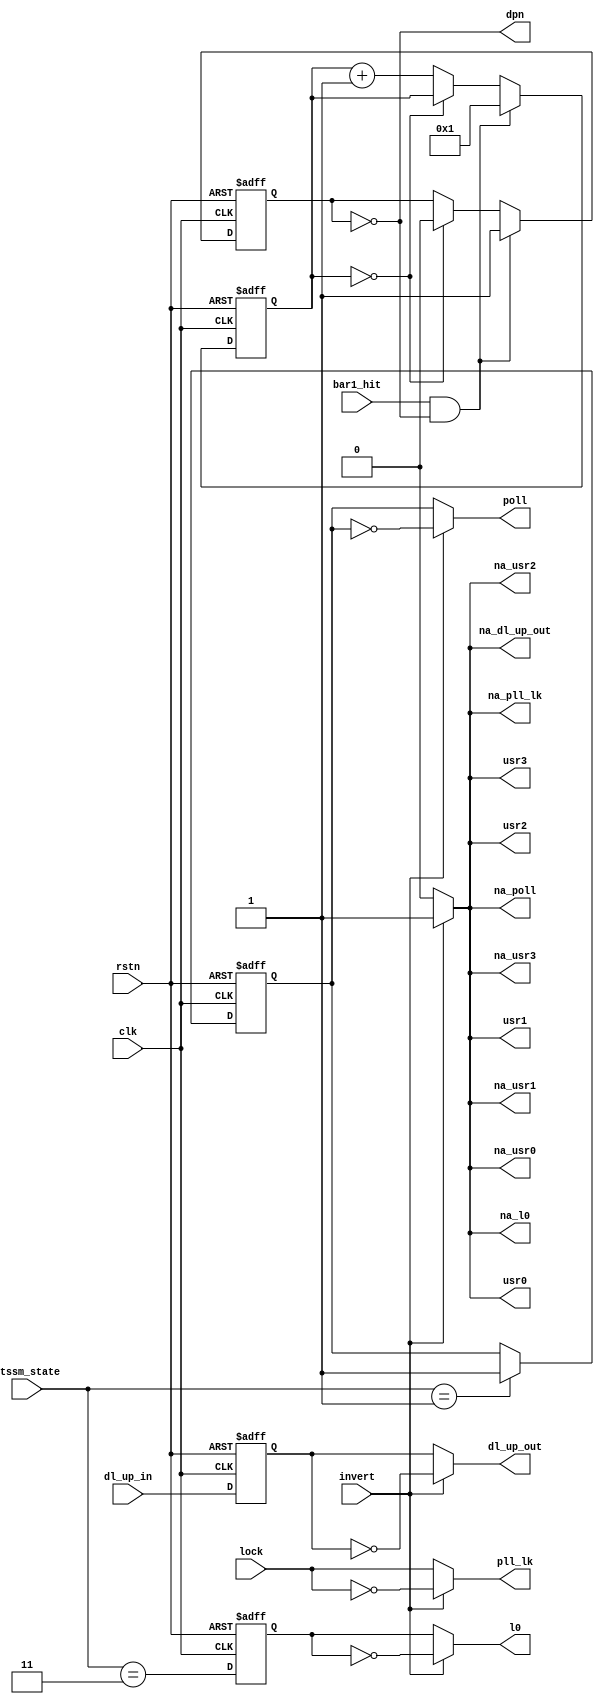
// $Id: led_status.v,v 1.2 2008/07/02 19:10:29 jfreed Exp $

module led_status(clk, rstn, invert,
        lock, ltssm_state, dl_up_in, bar1_hit,
        pll_lk, poll, l0, dl_up_out, usr0, usr1, usr2, usr3,
        na_pll_lk, na_poll, na_l0, na_dl_up_out, na_usr0, na_usr1, na_usr2, na_usr3,
        dpn
);

input clk;
input rstn;
input invert;
input lock;
input [3:0] ltssm_state;
input dl_up_in;
input bar1_hit;
output  pll_lk, poll, l0, dl_up_out, usr0, usr1, usr2, usr3;
output  na_pll_lk, na_poll, na_l0, na_dl_up_out, na_usr0, na_usr1, na_usr2, na_usr3;


output dpn;

reg poll_i;
reg l0_i;
reg dl_up_i;
reg dp;
reg [25:0] c;

assign pll_lk = invert ? ~lock : lock;
assign poll = invert ? ~poll_i : poll_i;
assign l0 = invert ? ~l0_i : l0_i;
assign dl_up_out = invert ? ~dl_up_i : dl_up_i;
assign usr0 = invert ? 1'b1 : 1'b0;
assign usr1 = invert ? 1'b1 : 1'b0;
assign usr2 = invert ? 1'b1 : 1'b0;
assign usr3 = invert ? 1'b1 : 1'b0;

assign na_pll_lk = invert ? 1'b1 : 1'b0;
assign na_poll = invert ? 1'b1 : 1'b0;
assign na_l0 = invert ? 1'b1 : 1'b0;
assign na_dl_up_out = invert ? 1'b1 : 1'b0;
assign na_usr0 = invert ? 1'b1 : 1'b0;
assign na_usr1 = invert ? 1'b1 : 1'b0;
assign na_usr2 = invert ? 1'b1 : 1'b0;
assign na_usr3 = invert ? 1'b1 : 1'b0;

assign dpn = ~dp;


always @(posedge clk or negedge rstn)
begin
  if (~rstn)
  begin
    poll_i <= 1'b0;
    l0_i <= 1'b0;
    dl_up_i <= 1'b0;  
    dp <= 1'b0;
    c <= 26'd0;
  end
  else
  begin    
    if (ltssm_state == 4'b0001) // latch Polling
      poll_i <= 1'b1;
      
    l0_i <= (ltssm_state == 4'b0011); // L0
    dl_up_i <= dl_up_in;
    
    if (bar1_hit && ~dp)
    begin
      dp <= 1'b1;
      c <= 26'd1;
    end
    else if (c==26'd0)
      dp <= 1'b0;
    else
      c <= c + 1;
    

  end
end

endmodule